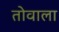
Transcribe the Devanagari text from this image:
तोवाला